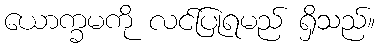
ယောက္ခမကို လင်ပြုရမည် ရှိသည်။